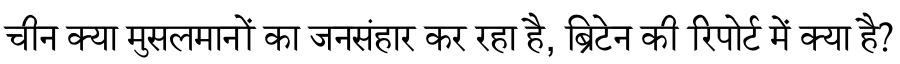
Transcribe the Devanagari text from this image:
चीन क्या मुसलमानों का जनसंहार कर रहा है, ब्रिटेन की रिपोर्ट में क्या है?